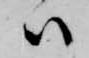
ハ